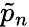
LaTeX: \tilde{p}_{n}